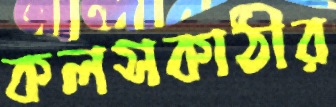
কলসকাঠীর